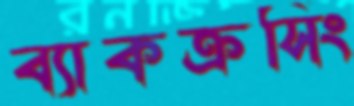
ব্যাকক্রসিং